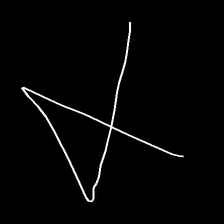
Glyph: collection